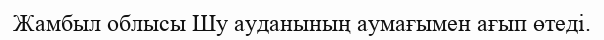
Жамбыл облысы Шу ауданының аумағымен ағып өтеді.